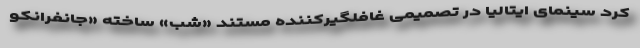
کرد سینمای ایتالیا در تصمیمی غافلگیرکننده مستند «شب» ساخته «جانفرانکو